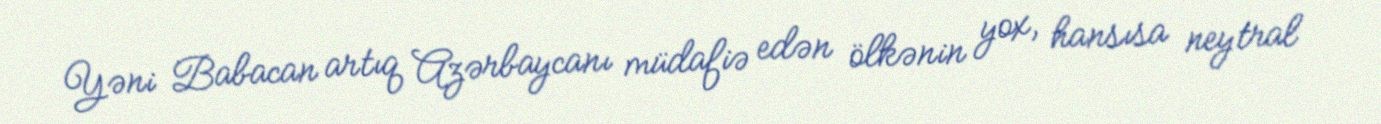
Yəni Babacan artıq Azərbaycanı müdafiə edən ölkənin yox, hansısa neytral